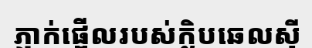
ភ្ញាក់ផ្អើលរបស់ក្លិបឆេលស៊ី